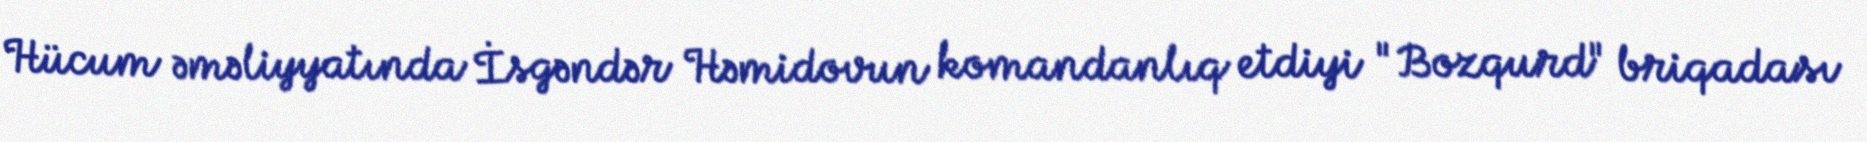
Hücum əməliyyatında İsgəndər Həmidovun komandanlıq etdiyi "Bozqurd" briqadası